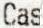
CAS